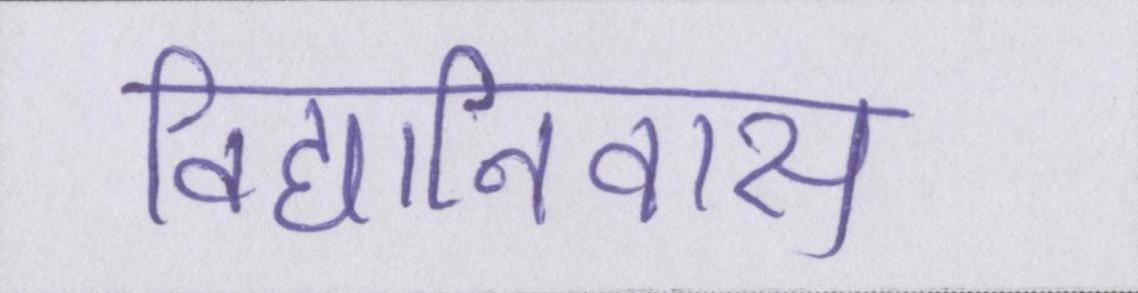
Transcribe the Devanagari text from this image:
विद्यानिवास